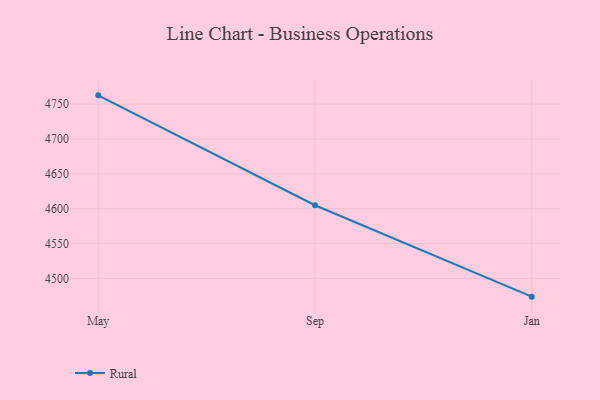
{"axis": {"x": "Month", "y": "Population (Million)"}, "legend": ["Rural"], "data": [{"x": "May", "y": 4762.7, "type": "Rural"}, {"x": "Sep", "y": 4604.9, "type": "Rural"}, {"x": "Jan", "y": 4473.7, "type": "Rural"}]}